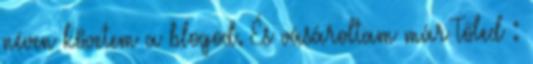
néven követem a blogod. És vásároltam már Tőled :